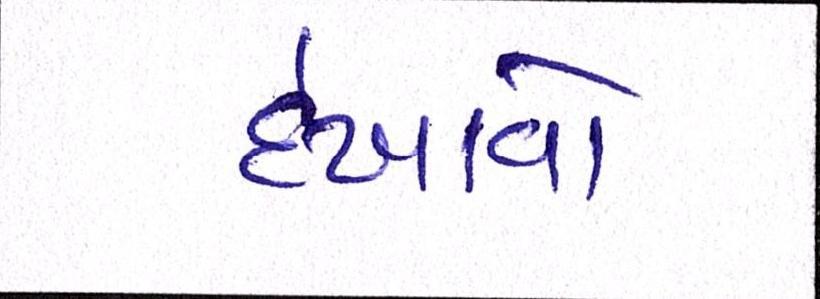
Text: દેખાવો